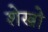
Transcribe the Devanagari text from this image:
शेखो